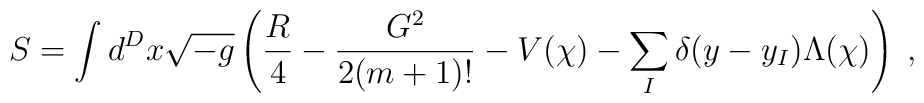
S = \int d^D x \sqrt{- g} \left( \frac{R}{4} - \frac{G^2}{2 (m + 1)!} - V(\chi) - \sum_I \delta(y - y_I) \Lambda(\chi) \right) \; ,